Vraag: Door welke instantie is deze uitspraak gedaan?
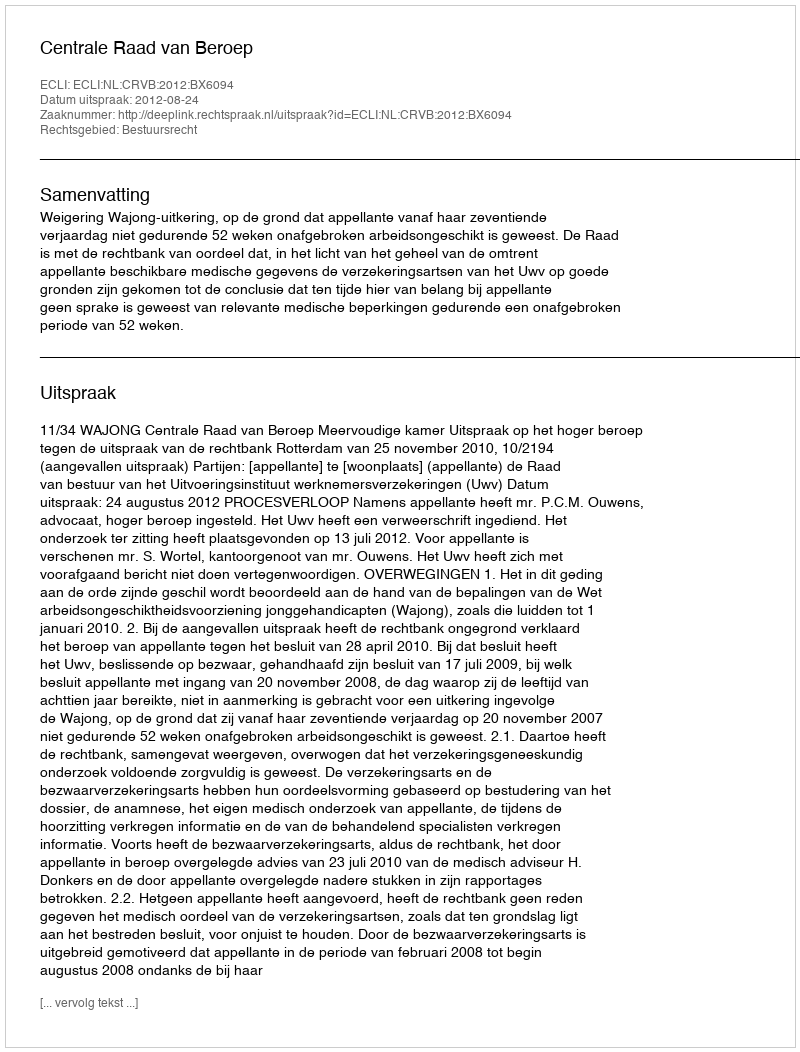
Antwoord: Centrale Raad van Beroep